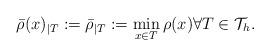
LaTeX: \begin{align*} \bar{\rho}(x)_{\mid T} :=\bar{\rho}_{\mid T} :=\min _{x \in T} \rho(x) \forall T \in \mathcal{T}_{h}.\end{align*}